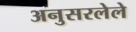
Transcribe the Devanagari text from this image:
अनुसरलेले